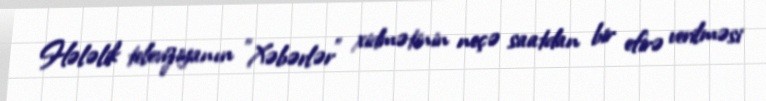
Hələlik televiziyanın ”Xəbərlər" xidmətinin neçə saatdan bir efirə verilməsi